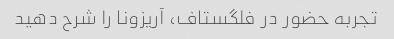
تجربه حضور در فلگستاف، آریزونا را شرح دهید